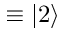
\equiv | 2 \rangle